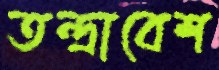
তন্দ্রাবেশ